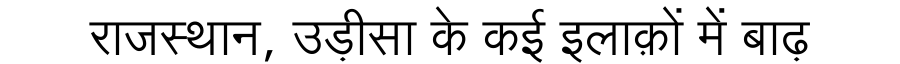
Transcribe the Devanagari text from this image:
राजस्थान, उड़ीसा के कई इलाक़ों में बाढ़